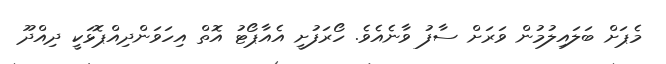
މެޕަށް ބަަލައިލުމުން ވަރަށް ސާފު ވާނެއެވެ. ހޯރަފުށީ އެއާޕޯޓު އޮތް އިހަވަންދިއްޕޮޅަކީ ދިއްދޫ